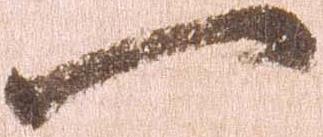
一